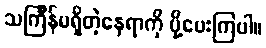
သင်္ကြန်မရှိတဲ့နေရာကို ပို့ပေးကြပါ။